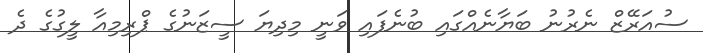
ސުއަރޭޒް ނެރުނު ބަޔާނެއްގައި ބުނެފައި ވަނީ މިދިޔަ ސީޒަނުގެ ޕްރިމިއާ ލީގުގެ ދެ